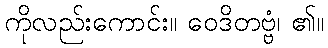
ကိုလည်းကောင်း။ ဝေဒိတဗ္ဗံ၊ ၏။